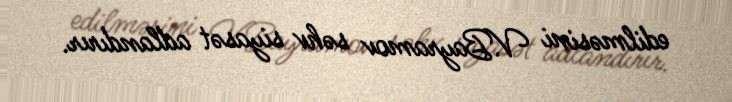
edilməsini V.Bayramov səhv siyasət adlandırır.